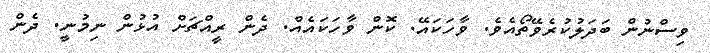
ވިސްނުން ބަދަލުކުރެވޭތޯއެވެ. ވާހަކައޭ. ކޮން ވާހަކައެއް. ދެން ރީއްޗަށް އުޅުން ނިމުނީ. ދެން